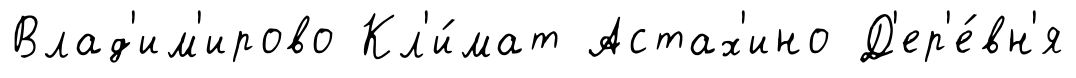
Влад'им'ирово Кл'и́мат Астах'ино Д'ер'е́вн'я